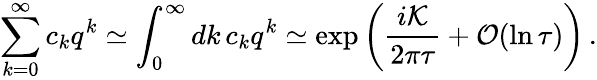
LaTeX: \sum_{k=0}^{\infty}c_{k}q^{k}\simeq\int_{0}^{\infty}dk\, c_{k}q^{k}\simeq\exp\left(\frac{i{\cal K}}{2\pi\tau}+{\cal O}(\ln\tau)\right)\, .